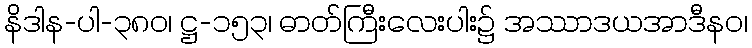
နိဒါန-ပါ-၃၈၀၊ ဋ္ဌ-၁၅၃၊ ဓာတ်ကြီးလေးပါး၌ အဿာဒယအာဒီနဝ၊